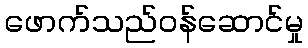
ဖောက်သည်ဝန်ဆောင်မှု